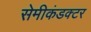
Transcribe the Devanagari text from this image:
सेमीकंडक्‍टर